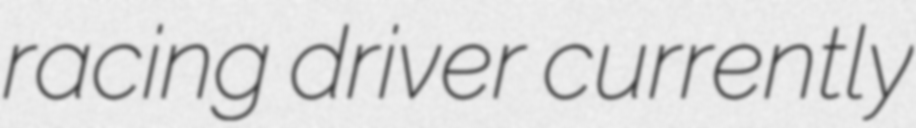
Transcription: racing driver currently